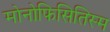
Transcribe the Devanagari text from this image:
मोनोफिसितिस्म